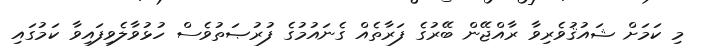
މި ކަމަށް ޝައުޤުވެރިވާ ރާއްޖޭން ބޭރުގެ ފަރާތެއް ގެނައުމުގެ ފުރުޞަތުވެސް ހުޅުވާލެވިފައިވާ ކަމުގައި